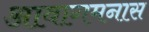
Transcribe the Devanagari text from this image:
आवागमनास